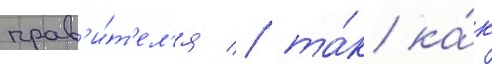
прав'и́т'ел'я / та́к ка́к